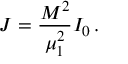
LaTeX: J = \frac { M ^ { 2 } } { \mu _ { 1 } ^ { 2 } } I _ { 0 } \, .